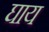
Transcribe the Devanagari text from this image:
घाय